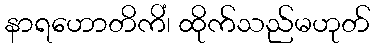
နာရဟောတိကိံ၊ ထိုက်သည်မဟုတ်